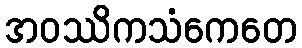
အဝဿိကသံကေတေ